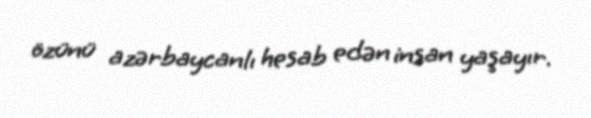
özünü azərbaycanlı hesab edən insan yaşayır.